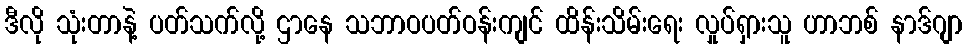
ဒီလို သုံးတာနဲ့ ပတ်သက်လို့ ဌာနေ သဘာဝပတ်ဝန်းကျင် ထိန်းသိမ်းရေး လှုပ်ရှားသူ ဟာဘစ် နာဒ်ဂျာ